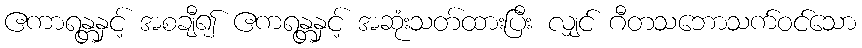
ဧကာရန္တနှင့် အစချီ၍ ဧကရန္တနှင့် အဆုံးသတ်ထားပြီး လျှင် ဂီတသဘောသက်ဝင်သော